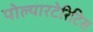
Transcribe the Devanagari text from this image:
पोल्यारटेरिटिस